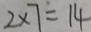
2 \times 7 = 1 4